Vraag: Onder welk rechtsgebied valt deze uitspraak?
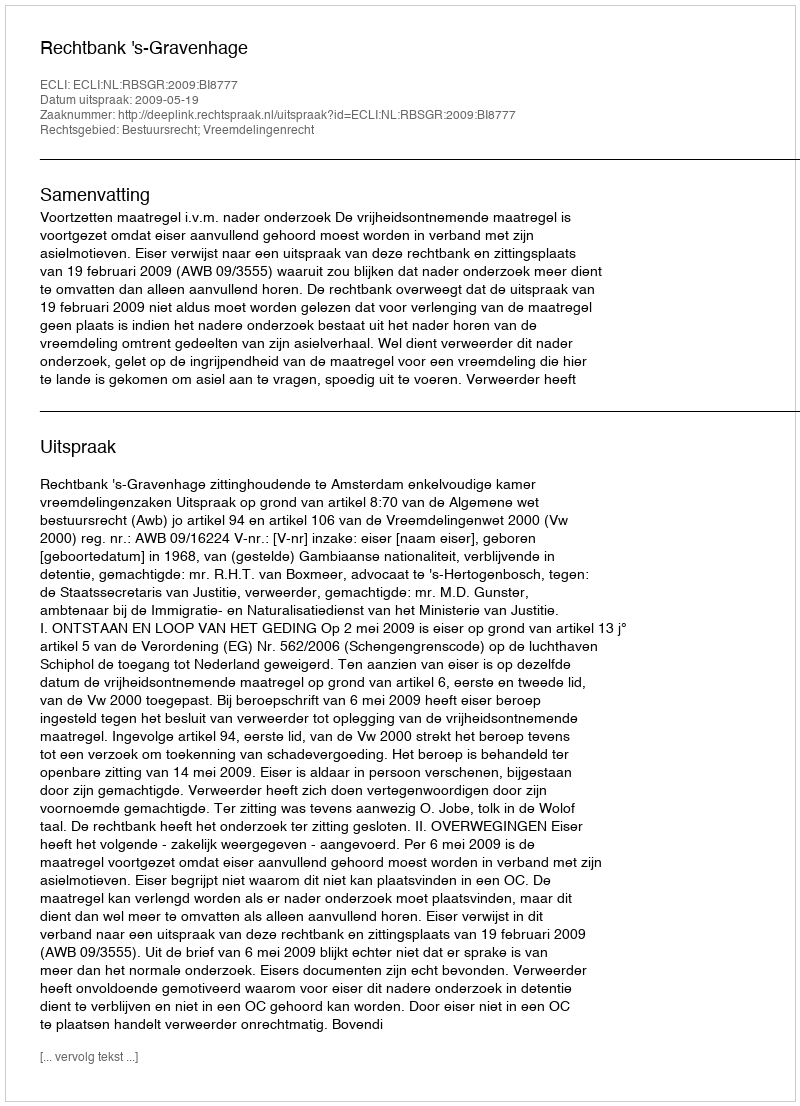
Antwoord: Bestuursrecht; Vreemdelingenrecht